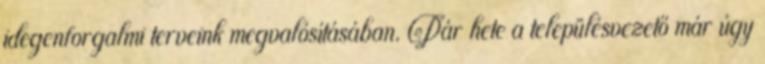
idegenforgalmi terveink megvalósításában. Pár hete a településvezető már úgy